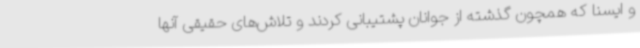
و ایسنا که همچون گذشته از جوانان پشتیبانی کردند و تلاش‌های حقیقی آنها